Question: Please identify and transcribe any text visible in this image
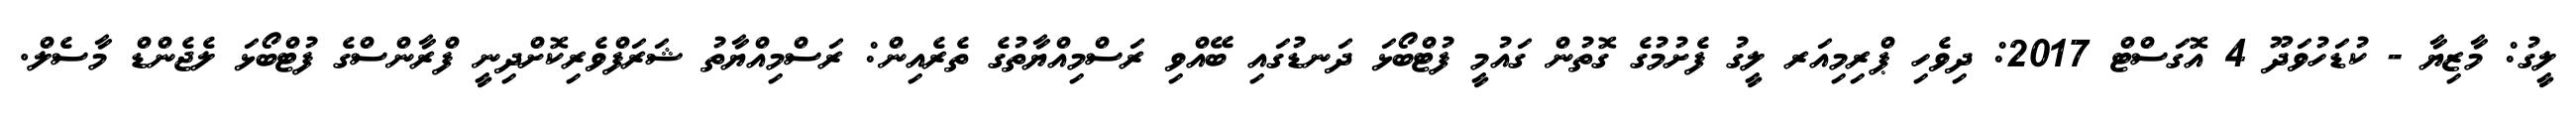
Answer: ލީގު: މާޒިޔާ - ކުޑަހުވަދޫ 4 އޮގަސްޓް 2017: ދިވެހި ޕްރިމިއަރ ލީގު ފެށުމުގެ ގޮތުން ގައުމީ ފުޓްބޯޅަ ދަނޑުގައި ބޭއްވި ރަސްމިއްޔާތުގެ ތެރެއިން: ރަސްމިއްޔާތު ޝަރަފްވެރިކޮށްދިނީ ފްރާންސްގެ ފުޓްބޯޅަ ލެޖެންޑް މާސެލް.